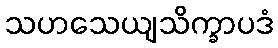
သဟသေယျသိက္ခာပဒံ